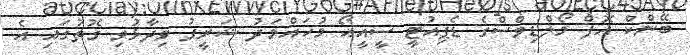
ބޭންކް އޮފް މޯލްޑިވްސްގެ ޑެޕިއުޓީ ސީއީއޯ މުހައްމަދު ޝަރީފު ވިދާޅުވި ގޮތުގައި އެ